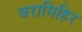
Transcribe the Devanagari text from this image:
वरामिहिर